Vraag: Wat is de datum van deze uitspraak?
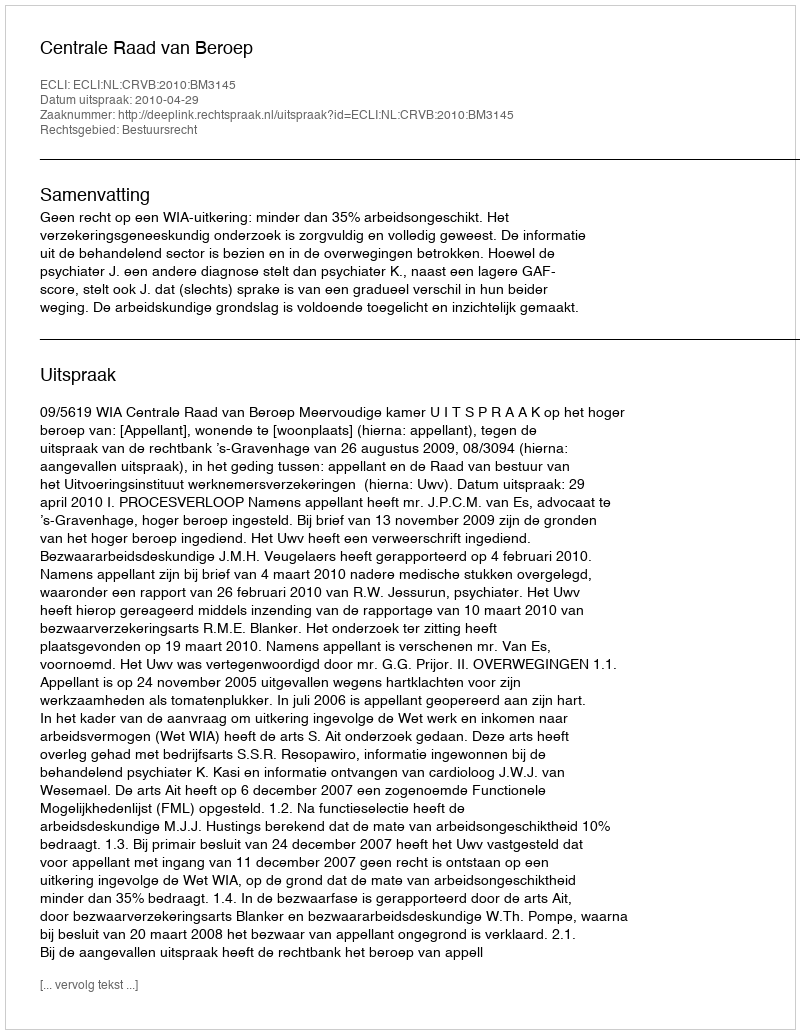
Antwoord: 2010-04-29